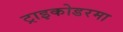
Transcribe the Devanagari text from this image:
ट्राइकोडरमा